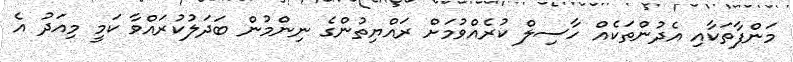
މަންފާތަކާއި އެދުންތަކެއް ހާސިލް ކުރެއްވުމަށް ރައްޔިތުންގެ ނިންމުން ބަދަލުކުރައްވާ ކަމީ މިއަދު އެ